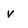
Character: v